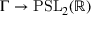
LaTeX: \Gamma \to \mathrm { P S L } _ { 2 } ( \mathbb { R } )